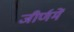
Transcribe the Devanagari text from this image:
जीर्णमें